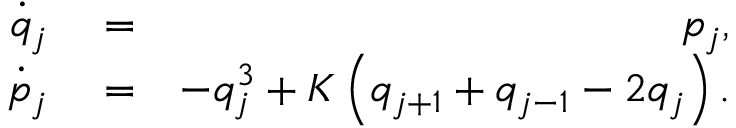
\begin{array} { r l r } { \dot { q } _ { j } } & { { } = } & { p _ { j } , } \\ { \dot { p } _ { j } } & { { } = } & { - q _ { j } ^ { 3 } + K \left( q _ { j + 1 } + q _ { j - 1 } - 2 q _ { j } \right) . } \end{array}